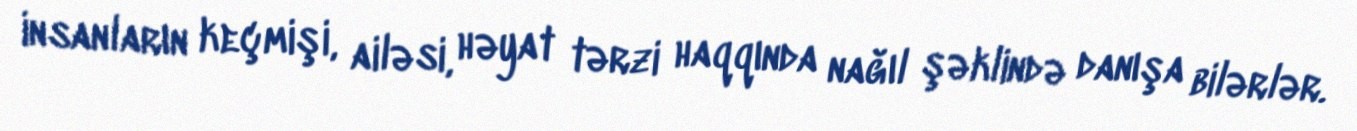
insanların keçmişi, ailəsi, həyat tərzi haqqında nağıl şəklində danışa bilərlər.